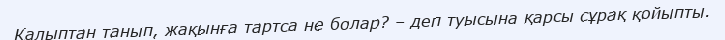
Қалыптан танып, жақынға тартса не болар? – деп туысына қарсы сұрақ қойыпты.